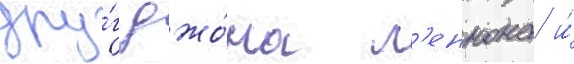
дру́г джо́на л'еннона и́